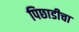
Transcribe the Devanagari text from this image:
पिछाडीचा